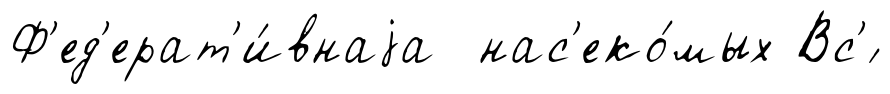
Ф'ед'ерат'и́внаjа нас'еко́мых Вс'́